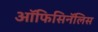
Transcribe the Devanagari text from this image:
ऑफिसिनॅलिस